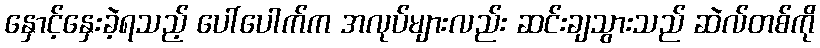
နှောင့်နှေးခဲ့ရသည့် ပေါ်ပေါက်က အလုပ်များလည်း ဆင်းချသွားသည် ဆဲလ်တစ်ကို